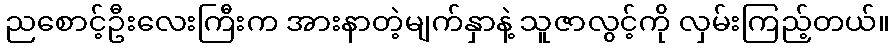
ညစောင့်ဦးလေးကြီးက အားနာတဲ့မျက်နှာနဲ့ သူဇာလွင့်ကို လှမ်းကြည့်တယ်။